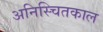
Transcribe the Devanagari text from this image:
अनिस्चितकाल